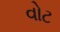
વોટ